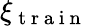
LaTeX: \xi_{\mathrm{~t~r~a~i~n~}}